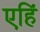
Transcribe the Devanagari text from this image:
एहिं